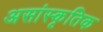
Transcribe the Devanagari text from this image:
असांस्कृतिक